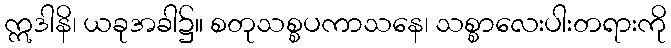
ဣဒါနိ၊ ယခုအခါ၌။ စတုသစ္စပကာသနေ၊ သစ္စာလေးပါးတရားကို